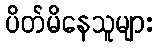
ပိတ်မိနေသူများ